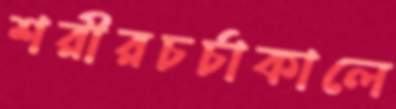
শরীরচর্চাকালে